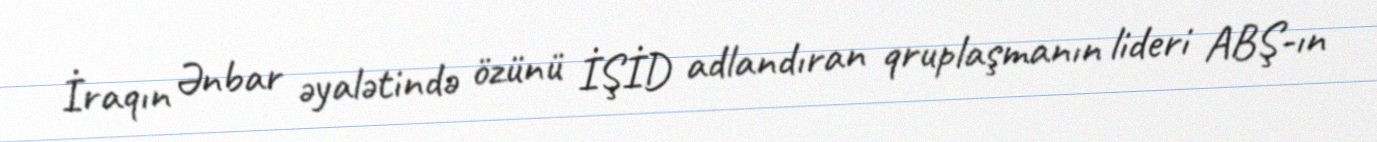
İraqın Ənbar əyalətində özünü İŞİD adlandıran qruplaşmanın lideri ABŞ-ın